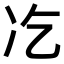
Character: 𠖯